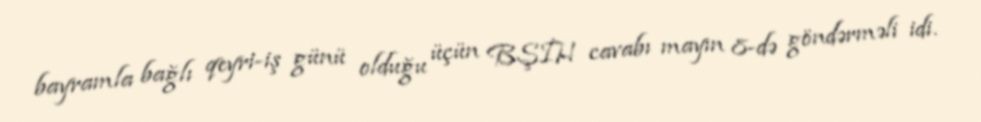
bayramla bağlı qeyri-iş günü olduğu üçün BŞİH cavabı mayın 8-də göndərməli idi.